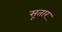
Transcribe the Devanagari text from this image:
सूतार